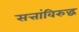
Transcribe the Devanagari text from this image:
सत्तांविरुद्ध